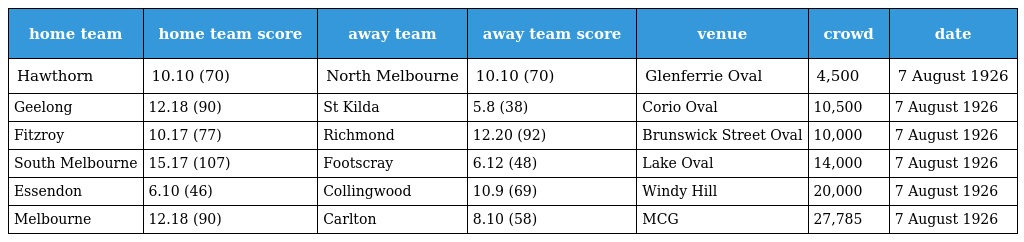
| home team | home team score | away team | away team score | venue | crowd | date |
 | --- | --- | --- | --- | --- | --- | --- |
 | Hawthorn | 10.10 (70) | North Melbourne | 10.10 (70) | Glenferrie Oval | 4,500 | 7 August 1926 |
 | Geelong | 12.18 (90) | St Kilda | 5.8 (38) | Corio Oval | 10,500 | 7 August 1926 |
 | Fitzroy | 10.17 (77) | Richmond | 12.20 (92) | Brunswick Street Oval | 10,000 | 7 August 1926 |
 | South Melbourne | 15.17 (107) | Footscray | 6.12 (48) | Lake Oval | 14,000 | 7 August 1926 |
 | Essendon | 6.10 (46) | Collingwood | 10.9 (69) | Windy Hill | 20,000 | 7 August 1926 |
 | Melbourne | 12.18 (90) | Carlton | 8.10 (58) | MCG | 27,785 | 7 August 1926 |